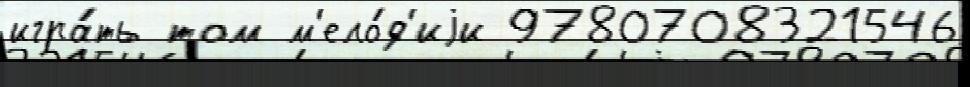
игра́ть том м'ело́д'иjи 9780708321546